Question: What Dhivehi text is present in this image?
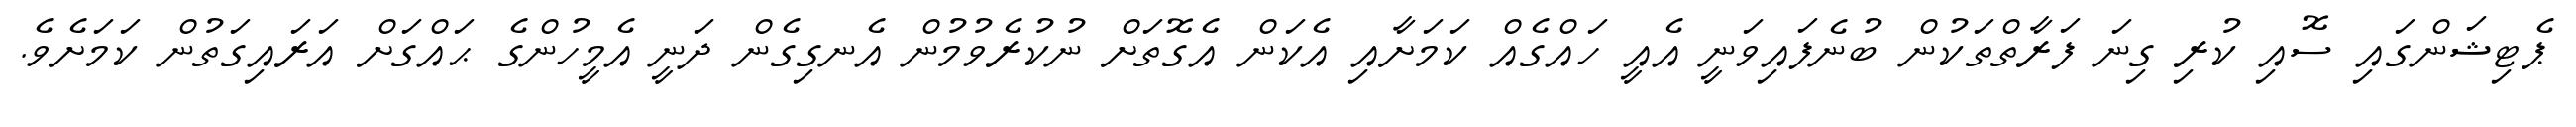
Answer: ޕެޓިޝަންގައި ސޮއި ކުރި ގިނަ ފަރާތްތަކުން ބުނެފައިވަނީ އެއީ ހައްގެއް ކަމަށާއި އެކަން އެގޮތަށް ނުކުރެވުމުން އެނގިގެން ދަނީ އެމީހުންގެ ޙައްގަށް އަރައިގަތުން ކަމަށެވެ.